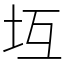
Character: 坘